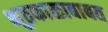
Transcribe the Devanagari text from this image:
भूतकाळाबाबत